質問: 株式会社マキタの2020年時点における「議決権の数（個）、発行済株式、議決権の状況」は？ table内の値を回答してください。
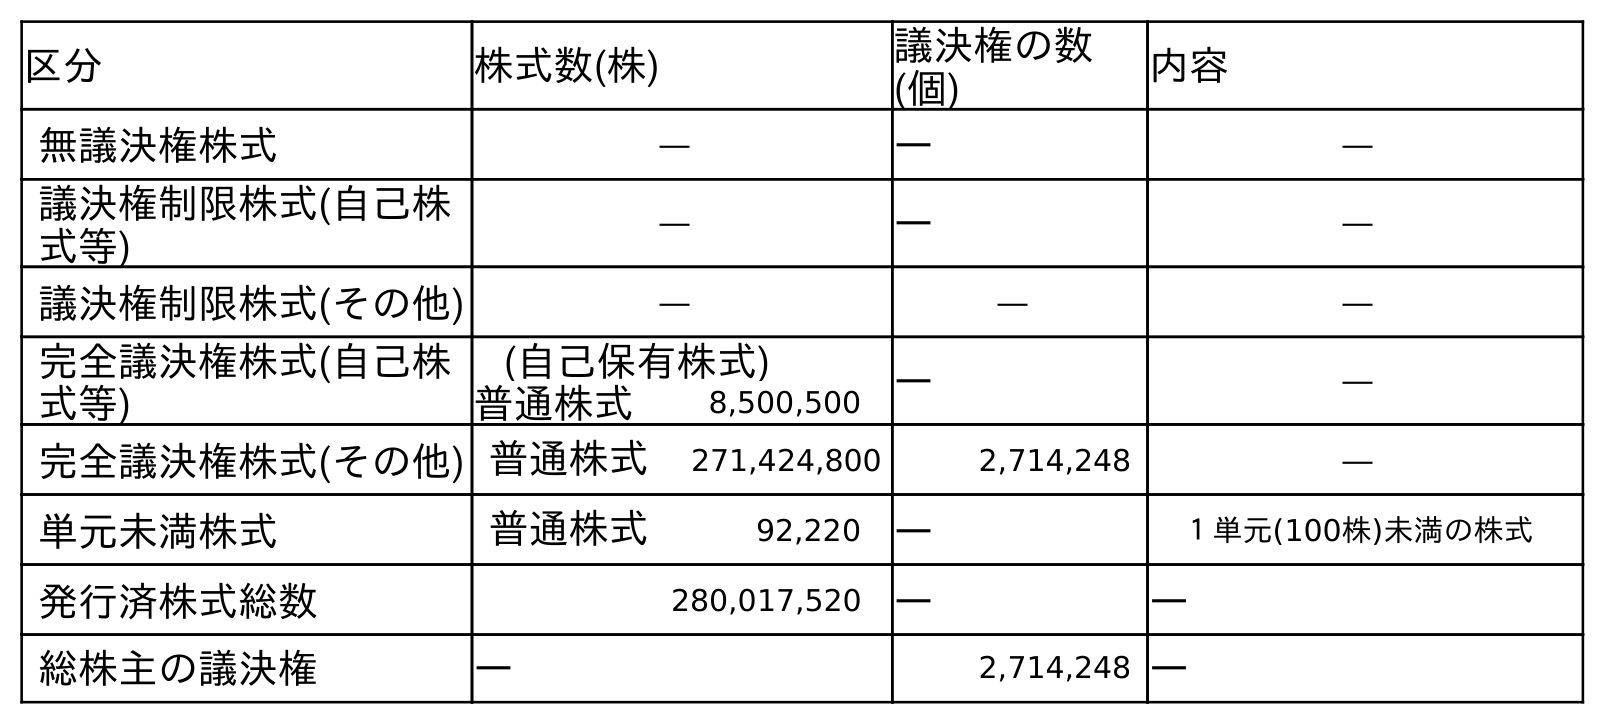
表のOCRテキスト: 区分 株式数(株) 議決権の数 (個) 内容 無議決権株式 ― ― ― 議決権制限株式(自己株 式等) ― ― ― 議決権制限株式(その他) ― ― ― 完全議決権株式(自己株 式等) (自己保有株式) ― ― 普通株式 8,500,500 完全議決権株式(その他) 普通株式 271,424,800 2,714,248 ― 単元未満株式 普通株式 92,220 ― １単元(100株)未満の株式 発行済株式総数 280,017,520 ― ― 総株主の議決権 ― 2,714,248 ―
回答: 2,714,248